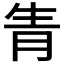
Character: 𤯝